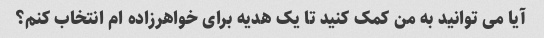
آیا می توانید به من کمک کنید تا یک هدیه برای خواهرزاده ام انتخاب کنم؟